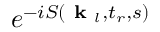
e ^ { - i S ( \textbf { k } _ { l } , t _ { r } , s ) }